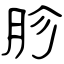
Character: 胗